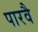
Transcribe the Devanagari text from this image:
पारवै